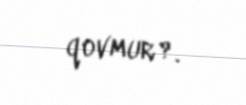
qovmur?.